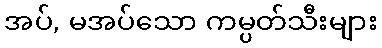
အပ်, မအပ်သော ကမ္ပတ်သီးများ